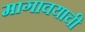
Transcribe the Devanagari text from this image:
मागावयाची